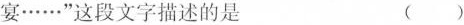
宴……”这段文字描述的是 （）